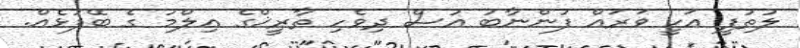
ލުތުފީ އަކީ ވަރައް ފުންނާބު އުސް ދިވެހި ތާރީޚްގެ ޢިލްމު ގެ ބޭފުޅެއް.